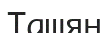
Ташян